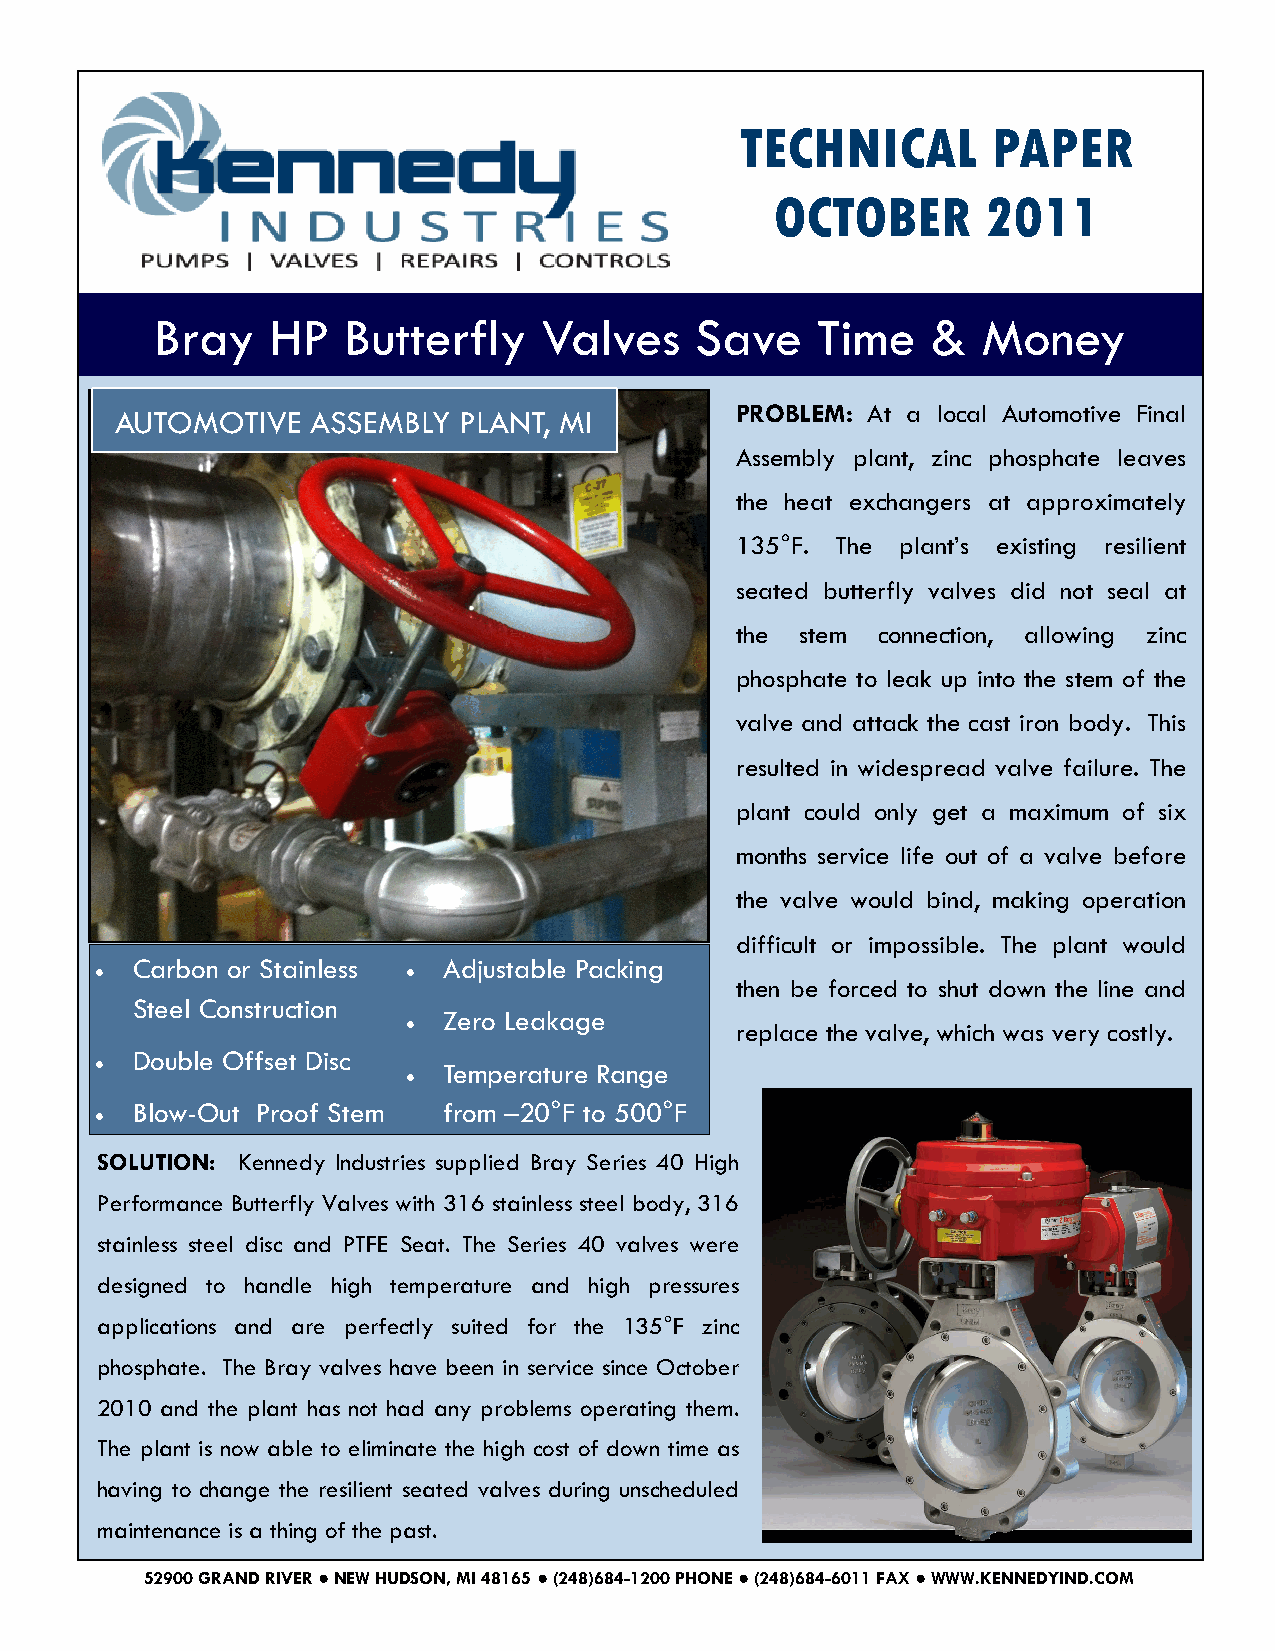
TECHNICAL        PAPER
 OCTOBER       2011
 Bray    HP   Butterfly    Valves    Save    Time    &  Money
 AUTOMOTIVE   ASSEMBLY PLANT, MI          PROBLEM: At a local Automotive Final
 Assembly plant, zinc phosphate leaves
 the heat exchangers at approximately
 135°F. The plant’s existing resilient
 seated butterfly valves did not seal at
 the stem connection, allowing zinc
 phosphate to leak up into the stem of the
 valve and attack the cast iron body. This
 resulted in widespread valve failure. The
 plant could only get a maximum of six
 months service life out of a valve before
 the valve would bind, making operation
 difficult or impossible. The plant would
 Carbon or Stainless Adjustable Packing
                     
 then be forced to shut down the line and
 Steel Construction
 Zero Leakage
                      replace the valve, which was very costly.
 Double Offset Disc
                       Temperature Range
 
 
 Blow-Out Proof Stem from –20°F to 500°F
 SOLUTION: Kennedy Industries supplied Bray Series 40 High
 Performance Butterfly Valves with 316 stainless steel body, 316
 stainless steel disc and PTFE Seat. The Series 40 valves were
 designed to handle high temperature and high pressures
 applications and are perfectly suited for the 135°F zinc
 phosphate. The Bray valves have been in service since October
 2010 and the plant has not had any problems operating them.
 The plant is now able to eliminate the high cost of down time as
 having to change the resilient seated valves during unscheduled
 maintenance is a thing of the past.
 52900 GRAND RIVER ● NEW HUDSON, MI 48165 ● (248)684-1200 PHONE ● (248)684-6011 FAX ● WWW.KENNEDYIND.COM